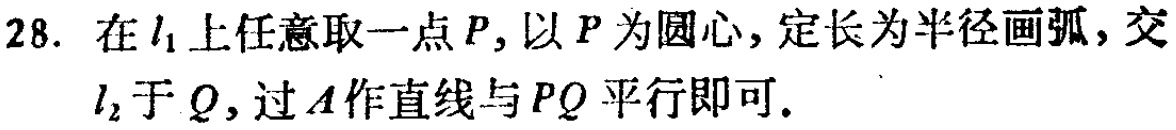
28. 在\(l_{1}\)上任意取一点\(P\)，以\(P\)为圆心，定长为半径画弧，交\(l_{2}\)于\(Q\)，过\(A\)作直线与\(PQ\)平行即可.